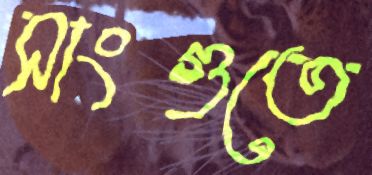
সাংগুতে